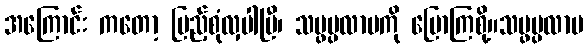
အကြောင်း ကတော့ ပြည့်စုံလှပါပြီ၊ သမ္ဖပ္ပလာပကို ပြောကြစို့။သမ္ဖပ္ပလာပ